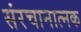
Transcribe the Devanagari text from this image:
संरचानात्नक